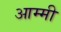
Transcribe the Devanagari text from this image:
आम्मी